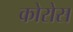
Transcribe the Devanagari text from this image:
कोरोस